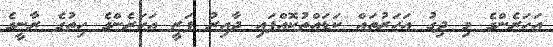
އަހަރެންގެ މި ދިގު އަހަރުތައް ކަޑައްތުކޮއްފައި ދާއިރު ފަޒީ އަހަރެންގެ ހިތުގެ ރާނީގެ